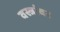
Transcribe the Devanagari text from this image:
वस्त्रांवर